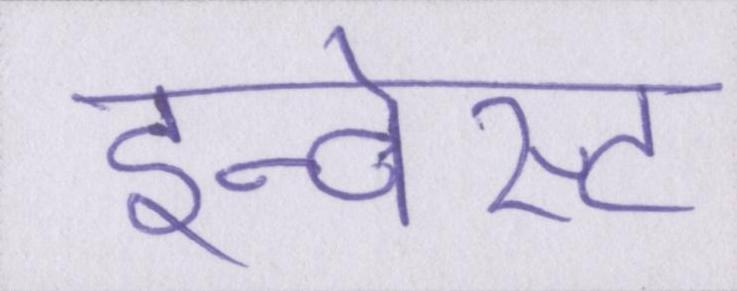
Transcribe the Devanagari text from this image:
इन्वेस्ट